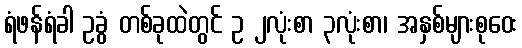
ရံဖန်ရံခါ ဥခွံ တစ်ခုထဲတွင် ဥ ၂လုံးစာ ၃လုံးစာ၊ အနှစ်များစုဝေး